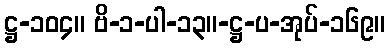
ဋ္ဌ-၁၀၄။ ဗိ-၁-ပါ-၁၃။-ဋ္ဌ-ပ-အုပ်-၁၆၉။